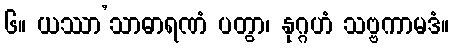
၆။ ယဿာ’သာဓာရဏံ ပတွာ၊ နုဂ္ဂဟံ သဗ္ဗကာမဒံ။